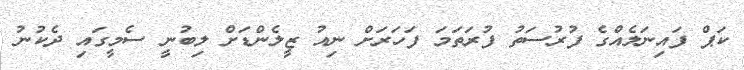
ކަޕް ފައިނަލެއްގެ ފުރުސަތު ފުރަތަމަ ފަހަރަށް ނިއު ޒީލެންޑަށް ލިބުނީ ސެމީގައި ދެކުނު